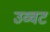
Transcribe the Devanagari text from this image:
उव्‍वट